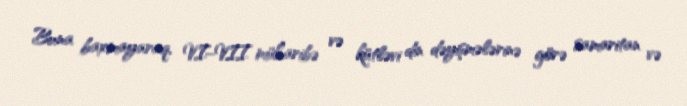
Buna baxmayaraq, VI–VII müharibə və kütləvi din dəyişmələrinə görə samaritan və